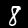
Digit: 8